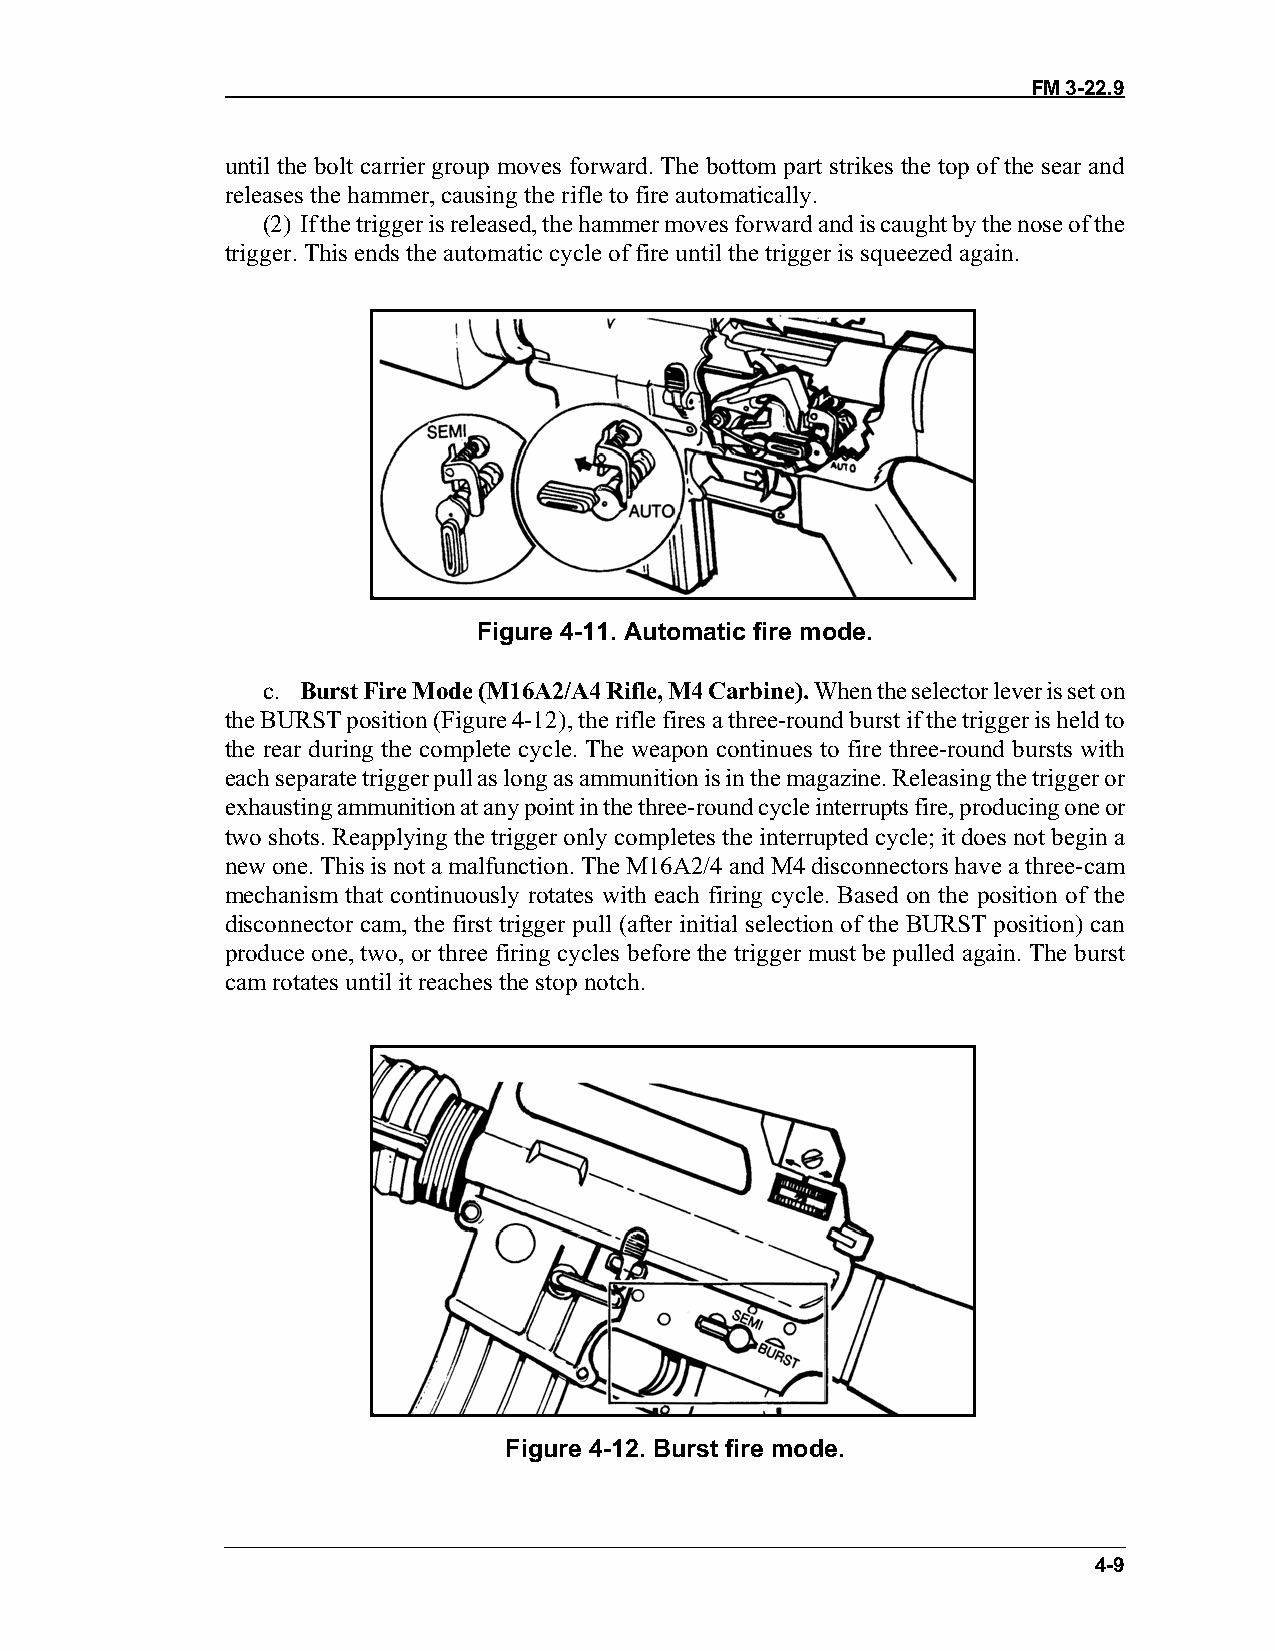
FM 3-22.9
 until the bolt carrier group moves forward. The bottom part strikes the top of the sear and
 releases the hammer, causing the rifle to fire automatically.
 (2) If the trigger is released, the hammer moves forward and is caught by the nose of the
 trigger. This ends the automatic cycle of fire until the trigger is squeezed again.
 Figure 4-11. Automatic fire mode.
 c. Burst Fire Mode (M16A2/A4 Rifle, M4 Carbine). When the selector lever is set on
 the BURST position (Figure 4-12), the rifle fires a three-round burst if the trigger is held to
 the rear during the complete cycle. The weapon continues to fire three-round bursts with
 each separate trigger pull as long as ammunition is in the magazine. Releasing the trigger or
 exhausting ammunition at any point in the three-round cycle interrupts fire, producing one or
 two shots. Reapplying the trigger only completes the interrupted cycle; it does not begin a
 new one. This is not a malfunction. The M16A2/4 and M4 disconnectors have a three-cam
 mechanism that continuously rotates with each firing cycle. Based on the position of the
 disconnector cam, the first trigger pull (after initial selection of the BURST position) can
 produce one, two, or three firing cycles before the trigger must be pulled again. The burst
 cam rotates until it reaches the stop notch.
 Figure 4-12. Burst fire mode.
 4-9